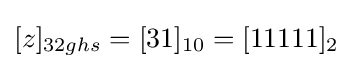
[z]_{32ghs}=[31]_{10}=[11111]_{2}